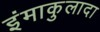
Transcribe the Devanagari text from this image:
इंमाकुलादा